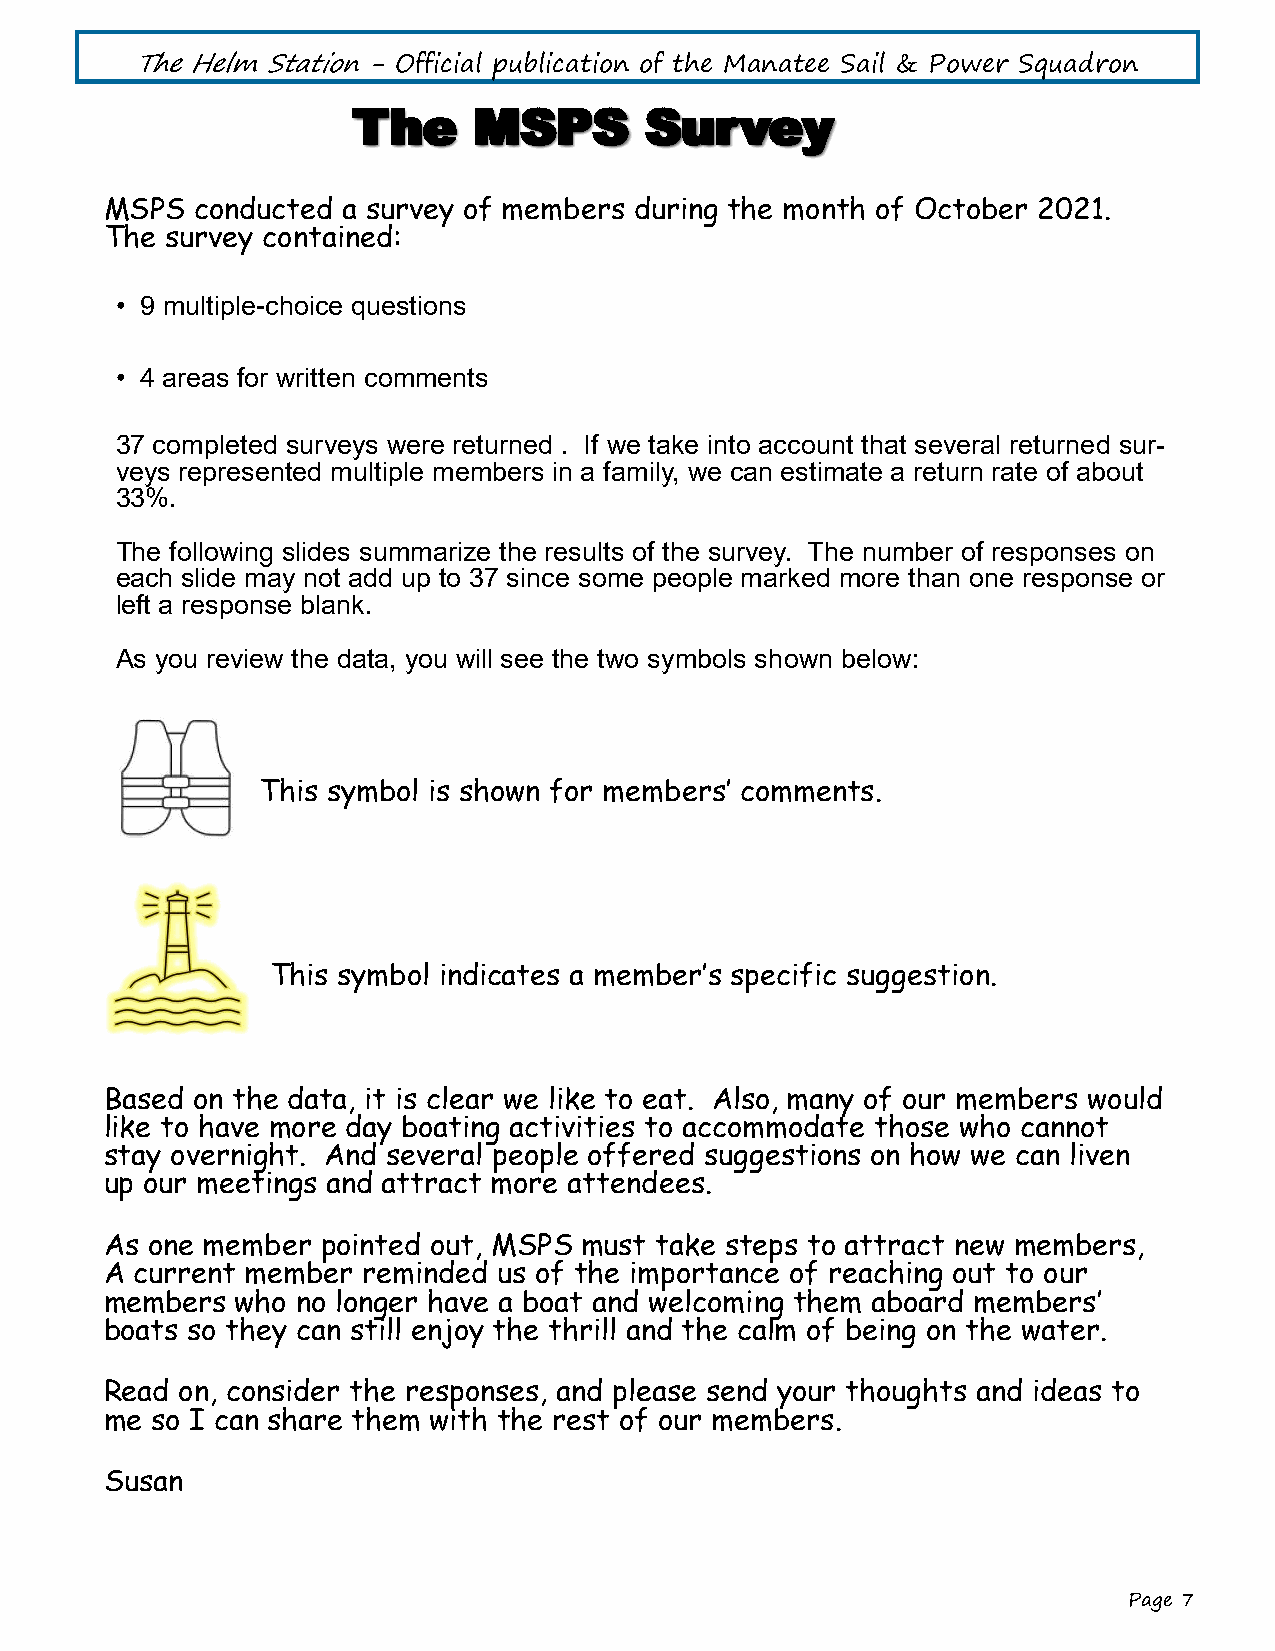
The Helm Station - Official publication of the Manatee Sail & Power Squadron
 TThhee  MMSSPPSS    SSuurrvveeyy
 MSPS  conducted a survey of members during the month of October 2021.
 The survey contained:
 • 9 multiple-choice questions
 • 4 areas for written comments
 37 completed surveys were returned . If we take into account that several returned sur-
 veys represented multiple members in a family, we can estimate a return rate of about
 33%.
 The following slides summarize the results of the survey. The number of responses on
 each slide may not add up to 37 since some people marked more than one response or
 left a response blank.
 As you review the data, you will see the two symbols shown below:
 This symbol is shown for members’ comments.
 This symbol indicates a member’s specific suggestion.
 Based on the data, it is clear we like to eat. Also, many of our members would
 like to have more day boating activities to accommodate those who cannot
 stay overnight. And several people offered suggestions on how we can liven
 up our meetings and attract more attendees.
 As one member pointed out, MSPS must take steps to attract new members,
 A current member reminded us of the importance of reaching out to our
 members  who no longer have a boat and welcoming them aboard members’
 boats so they can still enjoy the thrill and the calm of being on the water.
 Read on, consider the responses, and please send your thoughts and ideas to
 me so I can share them with the rest of our members.
 Susan
 Page 7